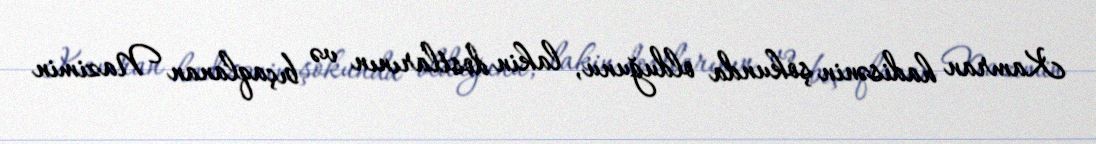
Kamran hadisənin şokunda olduğunu, lakin dostlarının və bıçaqlanan Nazimin